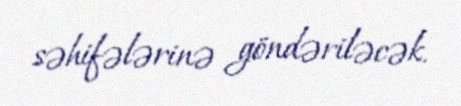
səhifələrinə göndəriləcək.